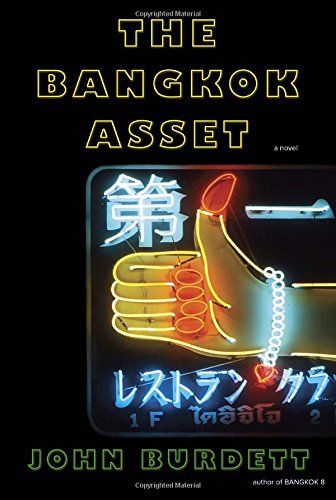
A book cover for The Bangkok Asset: A novel; John Burdett; Mystery, Thriller & Suspense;